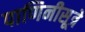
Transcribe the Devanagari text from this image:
पाणिनीसूत्रे